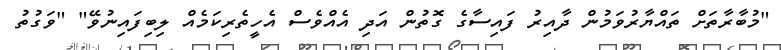
"މުބާރާތަށް ތައްޔާރުވަމުން ދާއިރު ފައިސާގެ ގޮތުން އަދި އެއްވެސް އެހީތެރިކަމެއް ލިބިފައިނުވޭ" "ވަގުތު